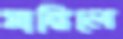
মাঙ্গিলে